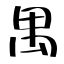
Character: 禺